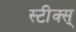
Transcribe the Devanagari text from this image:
स्टीक्स्